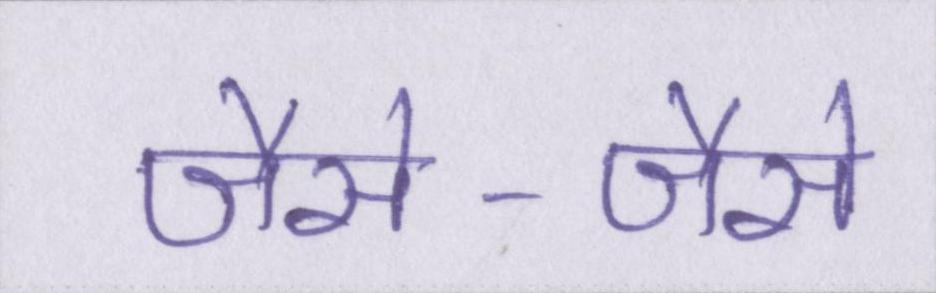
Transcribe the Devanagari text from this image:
जैसे-जैसे